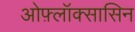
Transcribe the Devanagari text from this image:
ओफ़्लॉक्सासिन